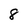
Character: 8